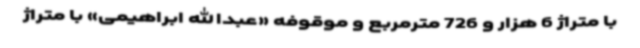
با متراژ 6 هزار و 726 مترمربع و موقوفه «عبدالله ابراهیمی» با متراژ